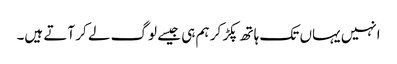
انہیں یہاں تک ہاتھ پکڑ کر ہم ہی جیسے لوگ لے کر آتے ہیں۔